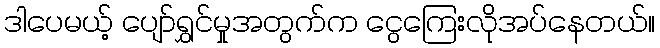
ဒါပေမယ့် ပျော်ရွှင်မှုအတွက်က ငွေကြေးလိုအပ်နေတယ်။